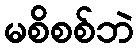
မစိစစ်ဘဲ